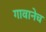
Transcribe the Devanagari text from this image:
गावानेच